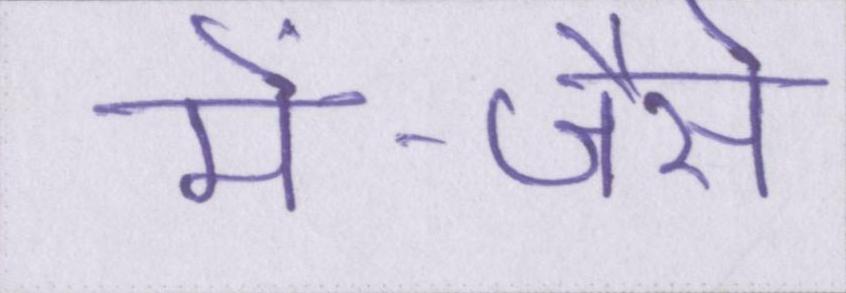
में--जैसे